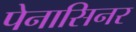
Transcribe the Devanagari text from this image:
पेनासिनर